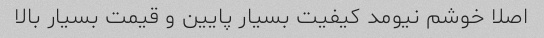
اصلا خوشم نیومد کیفیت بسیار پایین و قیمت بسیار بالا